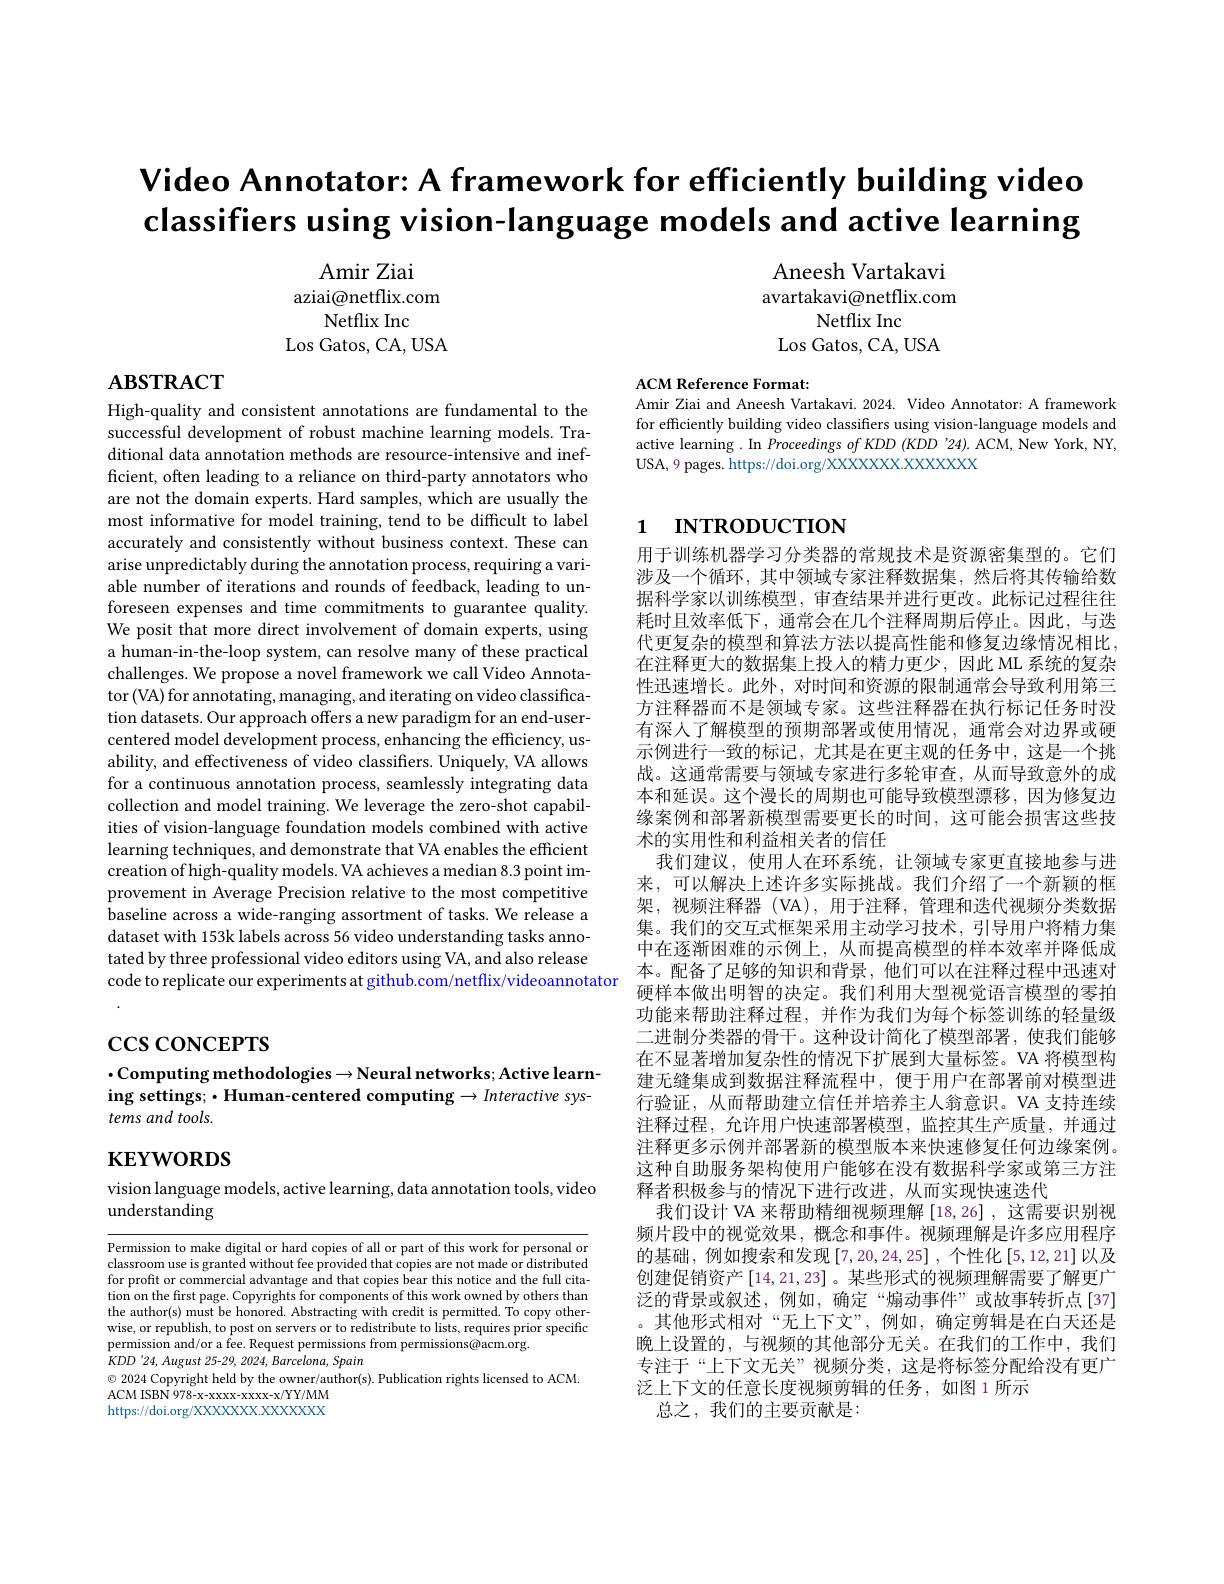
Video Annotator: A framework for efficiently building video classifiers using vision-language models and active learning

Amir Ziai
aziai@netflix.com
Netflix Inc
Los Gatos, CA, USA

Aneesh Vartakavi avartakavi@netflix.com
Netflix Inc
Los Gatos, CA, USA

$\mathbf{ABSTRACT}$

ACM Reference Format:
Amir Ziai and Aneesh Vartakavi. 2024. Video Annotator: A framework

for efficiently building video classifiers using vision-language models and active learning . In Proceedings of KDD (KDD '24). ACM, New York, NY, USA, 9 pages. https://doi.org/XXXXXXX.XXXXX

# 1 INTRODUCTION

High-quality and consistent annotations are fundamental to the successful development of robust machine learning models. Traditional data annotation methods are resource-intensive and inefficient, often leading to a reliance on third-party annotators who are not the domain experts. Hard samples, which are usually the most informative for model training, tend to be difficult to label accurately and consistently without business context. These can arise unpredictably during the annotation process, requiring a variable number of iterations and rounds of feedback, leading to unforeseen expenses and time commitments to guarantee quality. We posit that more direct involvement of domain experts, using a human-in-the-loop system, can resolve many of these practical challenges. We propose a novel framework we call Video Annotator$\left(\mathrm{VA}\right)$for annotating, managing, and iterating on video classification datasets. Our approach offers a new paradigm for an end-usercentered model development process, enhancing the efficiency, usability, and effectiveness of video classifiers. Uniquely, VA allows for a continuous annotation process, seamlessly integrating data collection and model training. We leverage the zero-shot capabilities of vision-language foundation models combined with active learning techniques, and demonstrate that VA enables the efficient creation of high-quality models. VA achieves a median 8.3 point improvement in Average Precision relative to the most competitive baseline across a wide-ranging assortment of tasks. We release a dataset with 153k labels across 56 video understanding tasks annotated by three professional video editors using VA, and also release code to replicate our experiments at github.com/netflix/videoannotator $\begin{array}{cc}\text{쑤。乹苖」歨哆的灿饮衵肖泉，他们可以在在神辽桂中}\\\text{硬样本做出明智的决定。我们利用大型视觉语言模型的零拍}\end{array}$
.

用于训练机器学习分类器的常规技术是资源密集型的。它们涉及一个循环，其中领域专家注释数据集，然后将其传输给数据科学家以训练模型，审查结果并进行更改。此标记过程往往耗时且效率低下，通常会在几个注释周期后停止。因此，与迭代更复杂的模型和算法方法以提高性能和修复边缘情况相比， 在注释更大的数据集上投入的精力更少，因此 ML 系统的复杂性迅速增长。此外，对时间和资源的限制通常会导致利用第三方注释器而不是领域专家。这些注释器在执行标记任务时没有深人了解模型的预期部署或使用情况，通常会对边界或硬示例进行一致的标记，尤其是在更主观的任务中，这是一个挑战。这通常需要与领域专家进行多轮审查，从而导致意外的成本和延误。这个漫长的周期也可能导致模型漂移，因为修复边缘案例和部署新模型需要更长的时间，这可能会损害这些技术的实用性和利益相关者的信任
我们建议，使用人在环系统，让领域专家更直接地参与进来，可以解决上述许多实际挑战。我们介绍了一个新颖的框架，视频注释器(VA),用于注释，管理和迭代视频分类数据集。我们的交互式框架采用主动学习技术，引导用户将精力集中在逐渐困难的示例上，从而提高模型的样本效率并降低成本。配备了足够的知识和背景，他们可以在注释过程中迅速对功能来帮助注释过程，并作为我们为每个标签训练的轻量级二进制分类器的骨干。这种设计简化了模型部署，使我们能够在不显著增加复杂性的情况下扩展到大量标签。VA 将模型构建无缝集成到数据注释流程中，便于用户在部署前对模型进行验证，从而帮助建立信任并培养主人翁意识。VA 支持连续注释过程，允许用户快速部署模型，监控其生产质量，并通过注释更多示例并部署新的模型版本来快速修复任何边缘案例。这种自助服务架构使用户能够在没有数据科学家或第三方注释者积极参与的情况下进行改进，从而实现快速迭代
我们设计 VA 来帮助精细视频理解[18,26] ,这需要识别视频片段中的视觉效果，概念和事件。视频理解是许多应用程序的基础，例如搜索和发现$\left[7,20,24,25\right]$,个性化$\left[5,12,21\right]$以及创建促销资产[14,21,23] 。某些形式的视频理解需要了解更广泛的背景或叙述，例如，确定“煽动事件”或故事转折点[37] 。其他形式相对“无上下文”,例如，确定剪辑是在白天还是晚上设置的，与视频的其他部分无关。在我们的工作中，我们专注于“上下文无关”视频分类，这是将标签分配给没有更广泛上下文的任意长度视频剪辑的任务，如图 1 所示
总之，我们的主要贡献是

$\csc\csc$coNCEPTS

## $\cdot$Computing methodologies$\to$Neural networks; Active learning settings; $\cdot$Human-centered computing$\to Interactive$ systems and tools.

# $\mathbf{KEYWORDS}$

vision language models, active learning, data annotation tools, video
understanding

Permission to make digital or hard copies of all or part of this work for personal or classroom use is granted without fee provided that copies are not made or distributed for profit or commercial advantage and that copies bear this notice and the full citation on the first page. Copyrights for components of this work owned by others than the author(s) must be honored. Abstracting with credit is permitted. To copy otherwise, or republish, to post on servers or to redistribute to lists, requires prior specific permission and/or a fee. Request permissions from permissions@acm.org.
$\dot{K}DD'24,August$ 25-29, 2024, Barcelona, Spain
$\odot$ 2024 Copyright held by the owner/author(s). Publication rights licensed to ACM.
ACM ISBN 978-x-xxxx-xxxx-x/YY/MM https://doi.org/XXXXXXX.XXXXXX